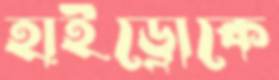
হাইড্রোকে